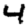
Digit: 4